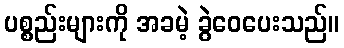
ပစ္စည်းများကို အခမဲ့ ခွဲဝေပေးသည်။